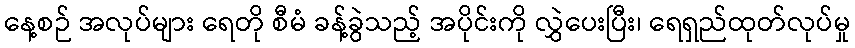
နေ့စဉ် အလုပ်များ ရေတို စီမံ ခန့်ခွဲသည့် အပိုင်းကို လွှဲပေးပြီး၊ ရေရှည်ထုတ်လုပ်မှု